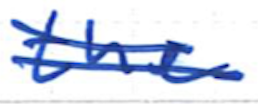
Text: the
Cross-out: double-line
Writing tool: ballpoint